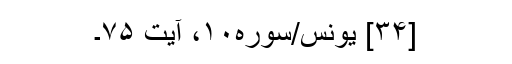
[۳۴] یونس/سوره۱۰، آیت ۷۵۔